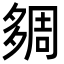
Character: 㚋